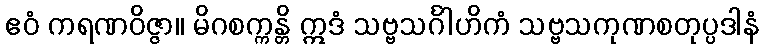
ဧဝံ ကရဏဝိဇ္ဇာ။ မိဂစက္ကန္တိ ဣဒံ သဗ္ဗသင်္ဂါဟိကံ သဗ္ဗသကုဏစတုပ္ပဒါနံ